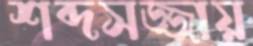
শব্দসজ্জায়